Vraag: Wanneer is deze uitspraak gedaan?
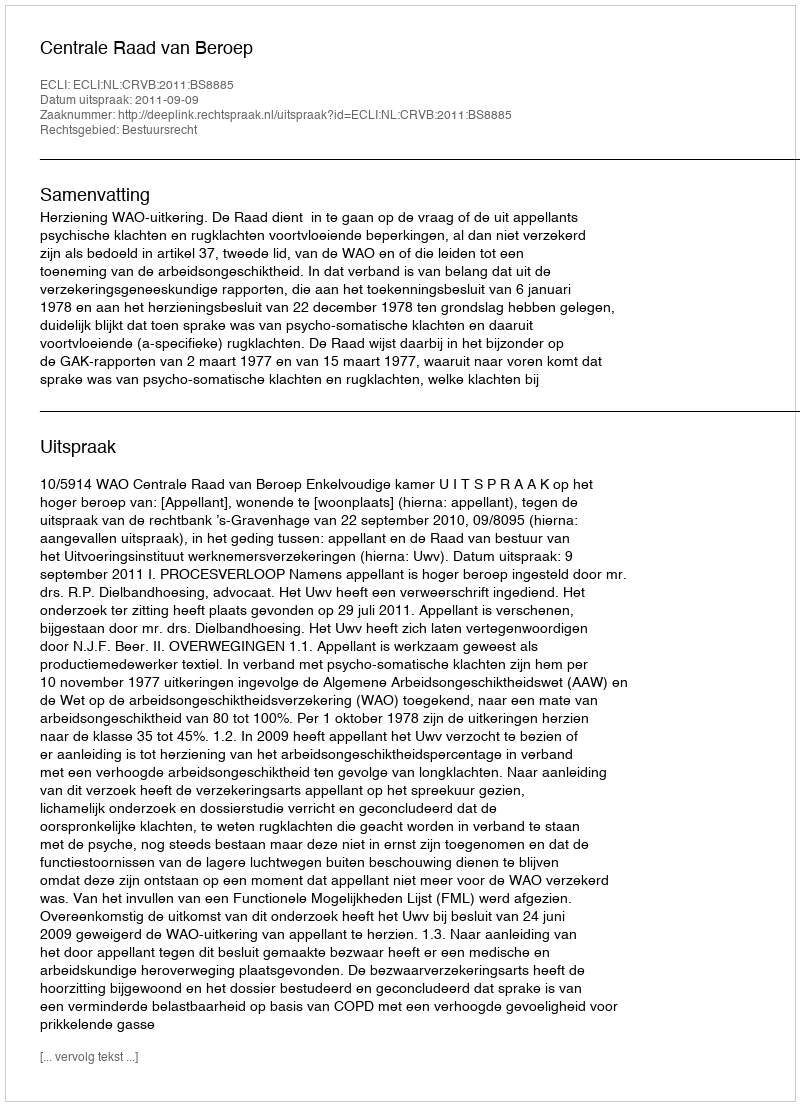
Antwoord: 2011-09-09